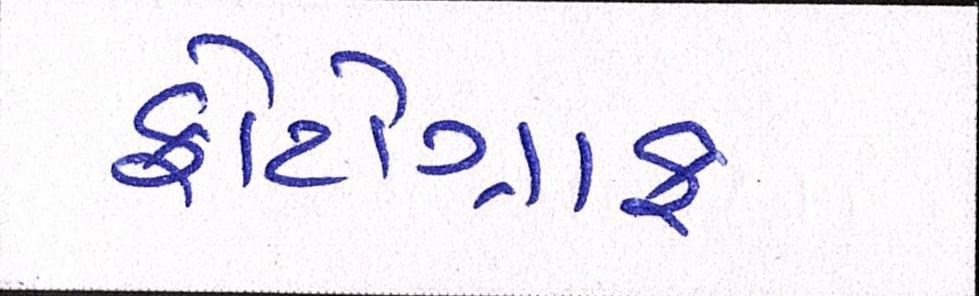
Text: ફોટોગ્રાફ